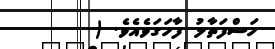
ހަސްފަތާލު ފާހަގަވެއެވެ. (